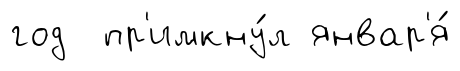
год пр'имкну́л январ'я́